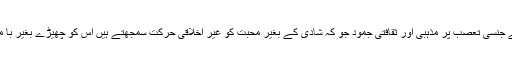
اس کے علاوہ استاد ان سے جنسی تعصب پر مذہبی اور ثقافتی جمود جو کہ شادی کے بغیر محبت کو غیر اخلاقی حرکت سمجھتے ہیں اس کو چھیڑے بغیر با معنی بحث نہیں کروا سکتا۔